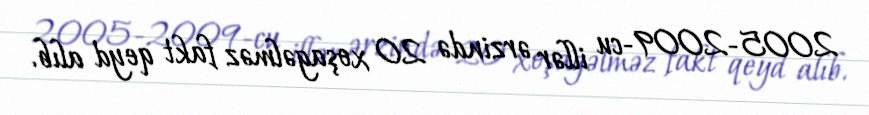
2005-2009-cu illər ərzində 20 xoşagəlməz fakt qeyd alıb.